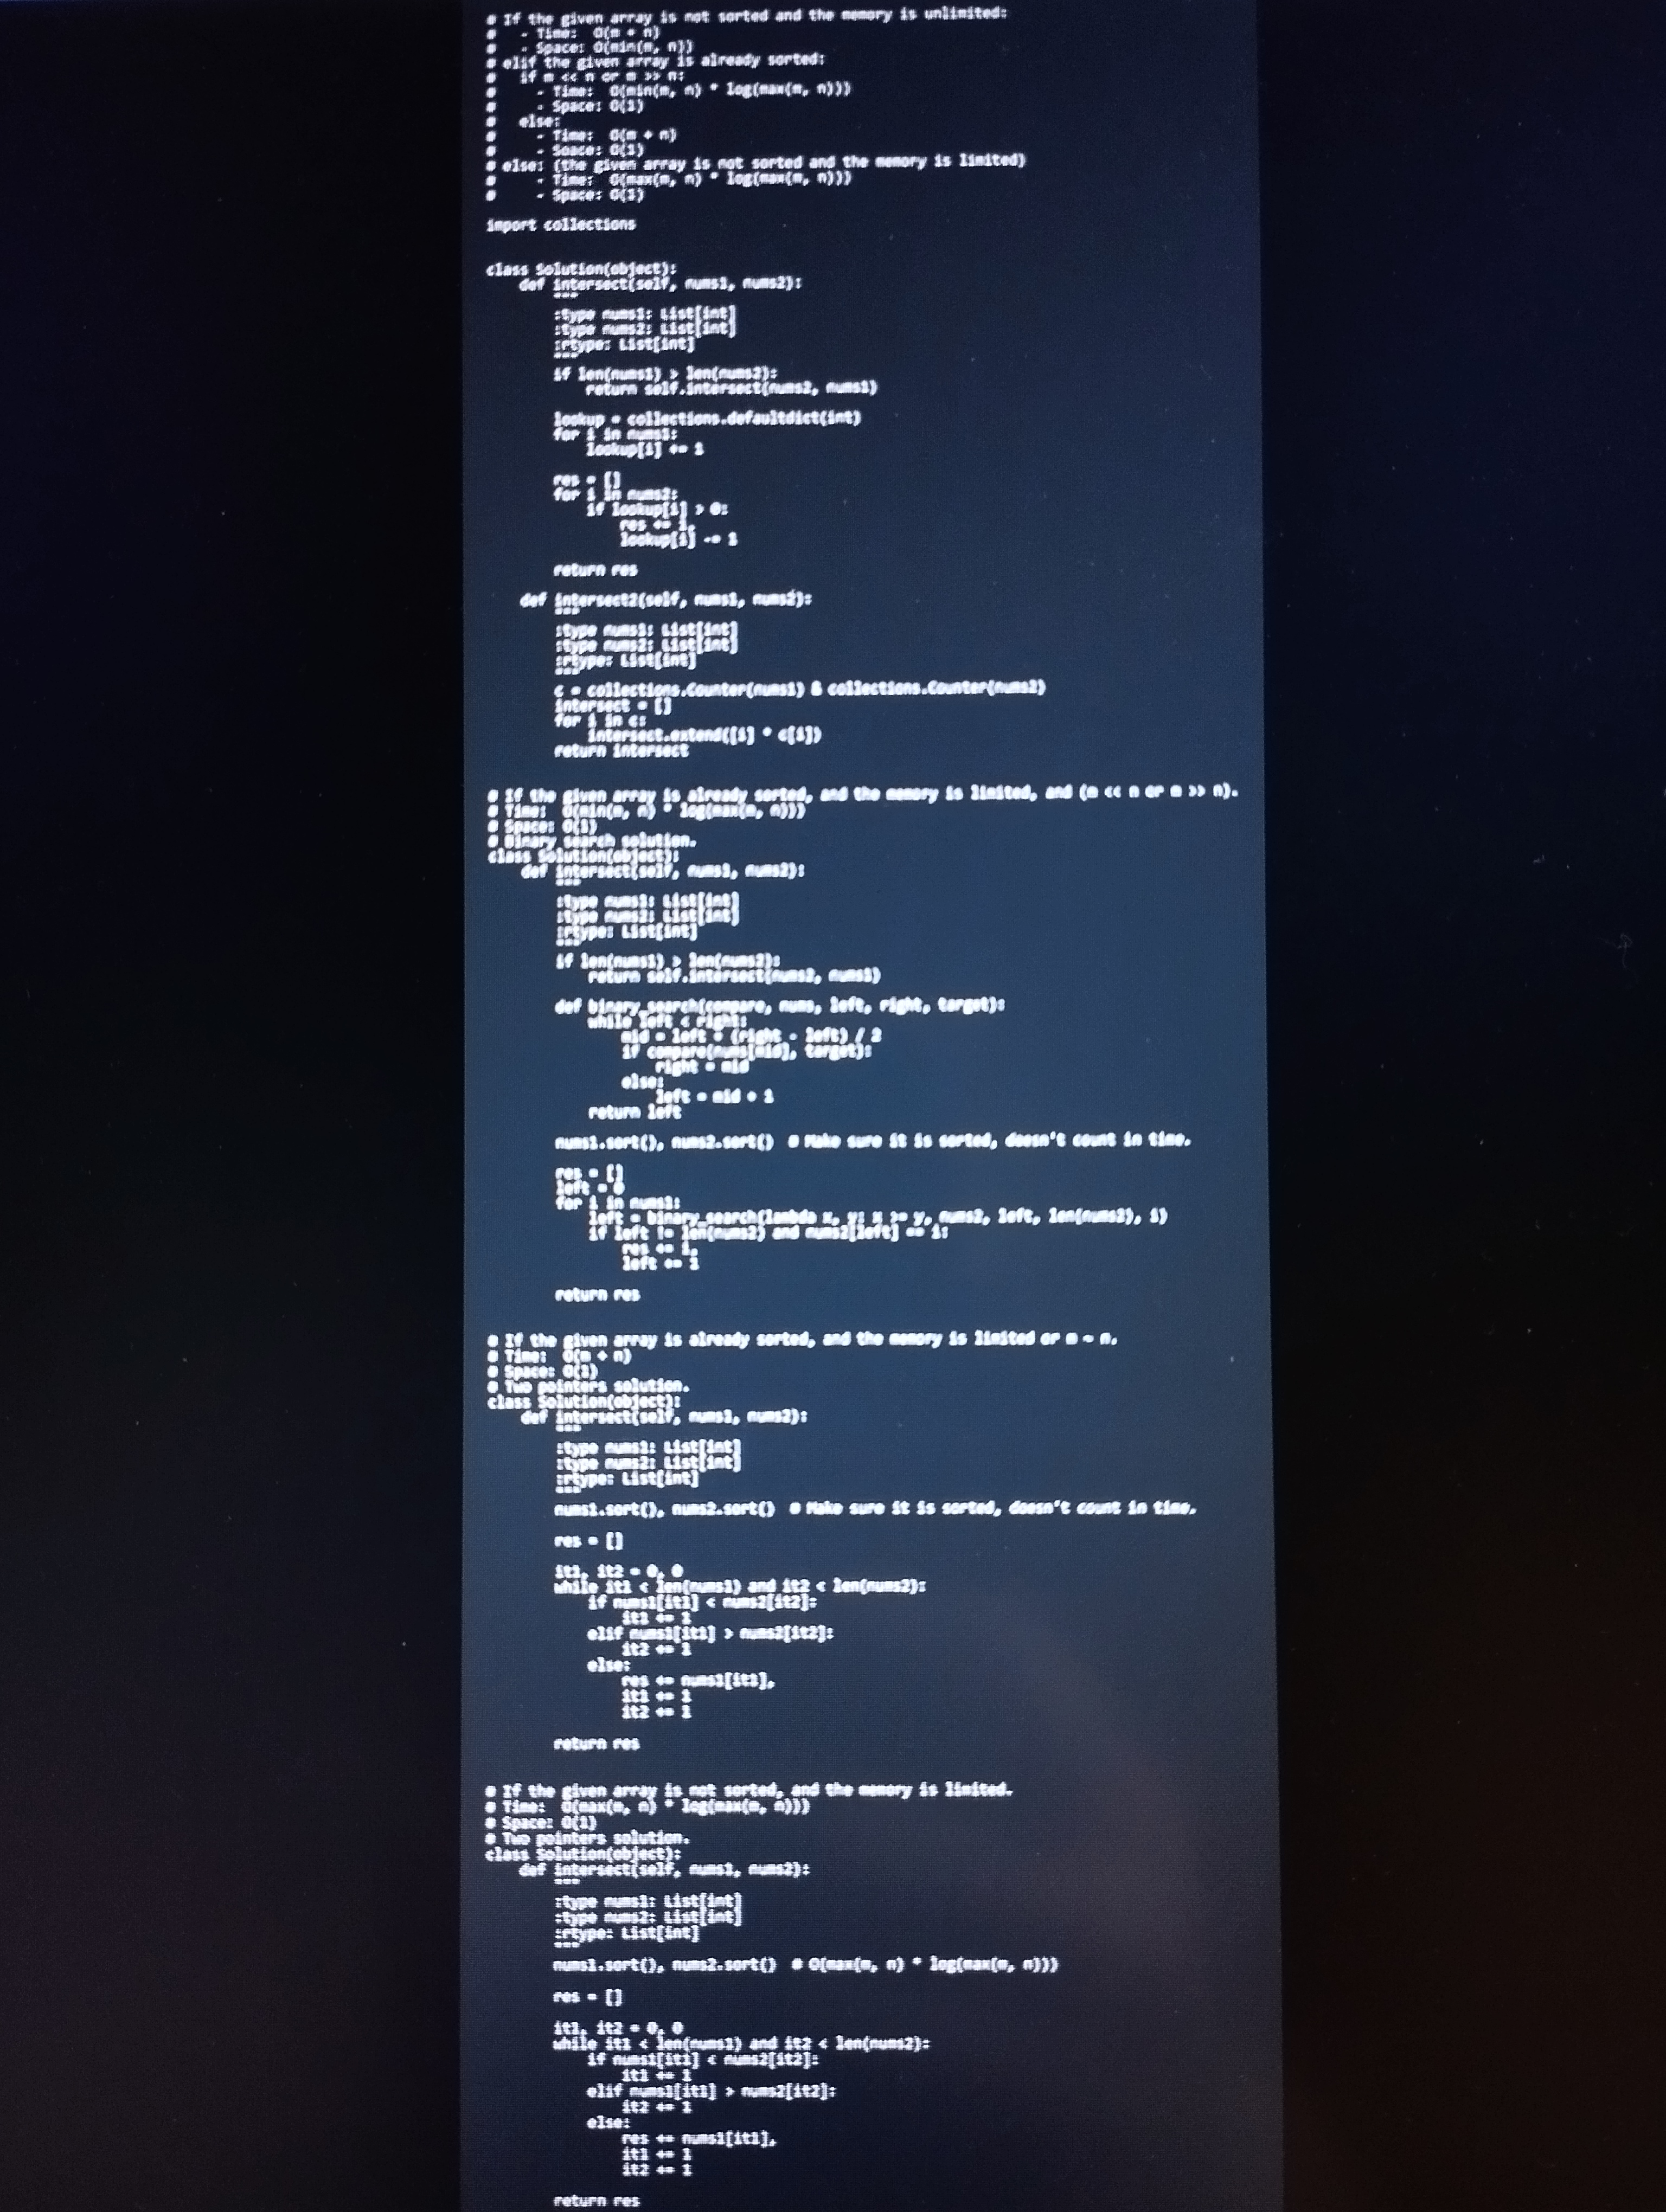
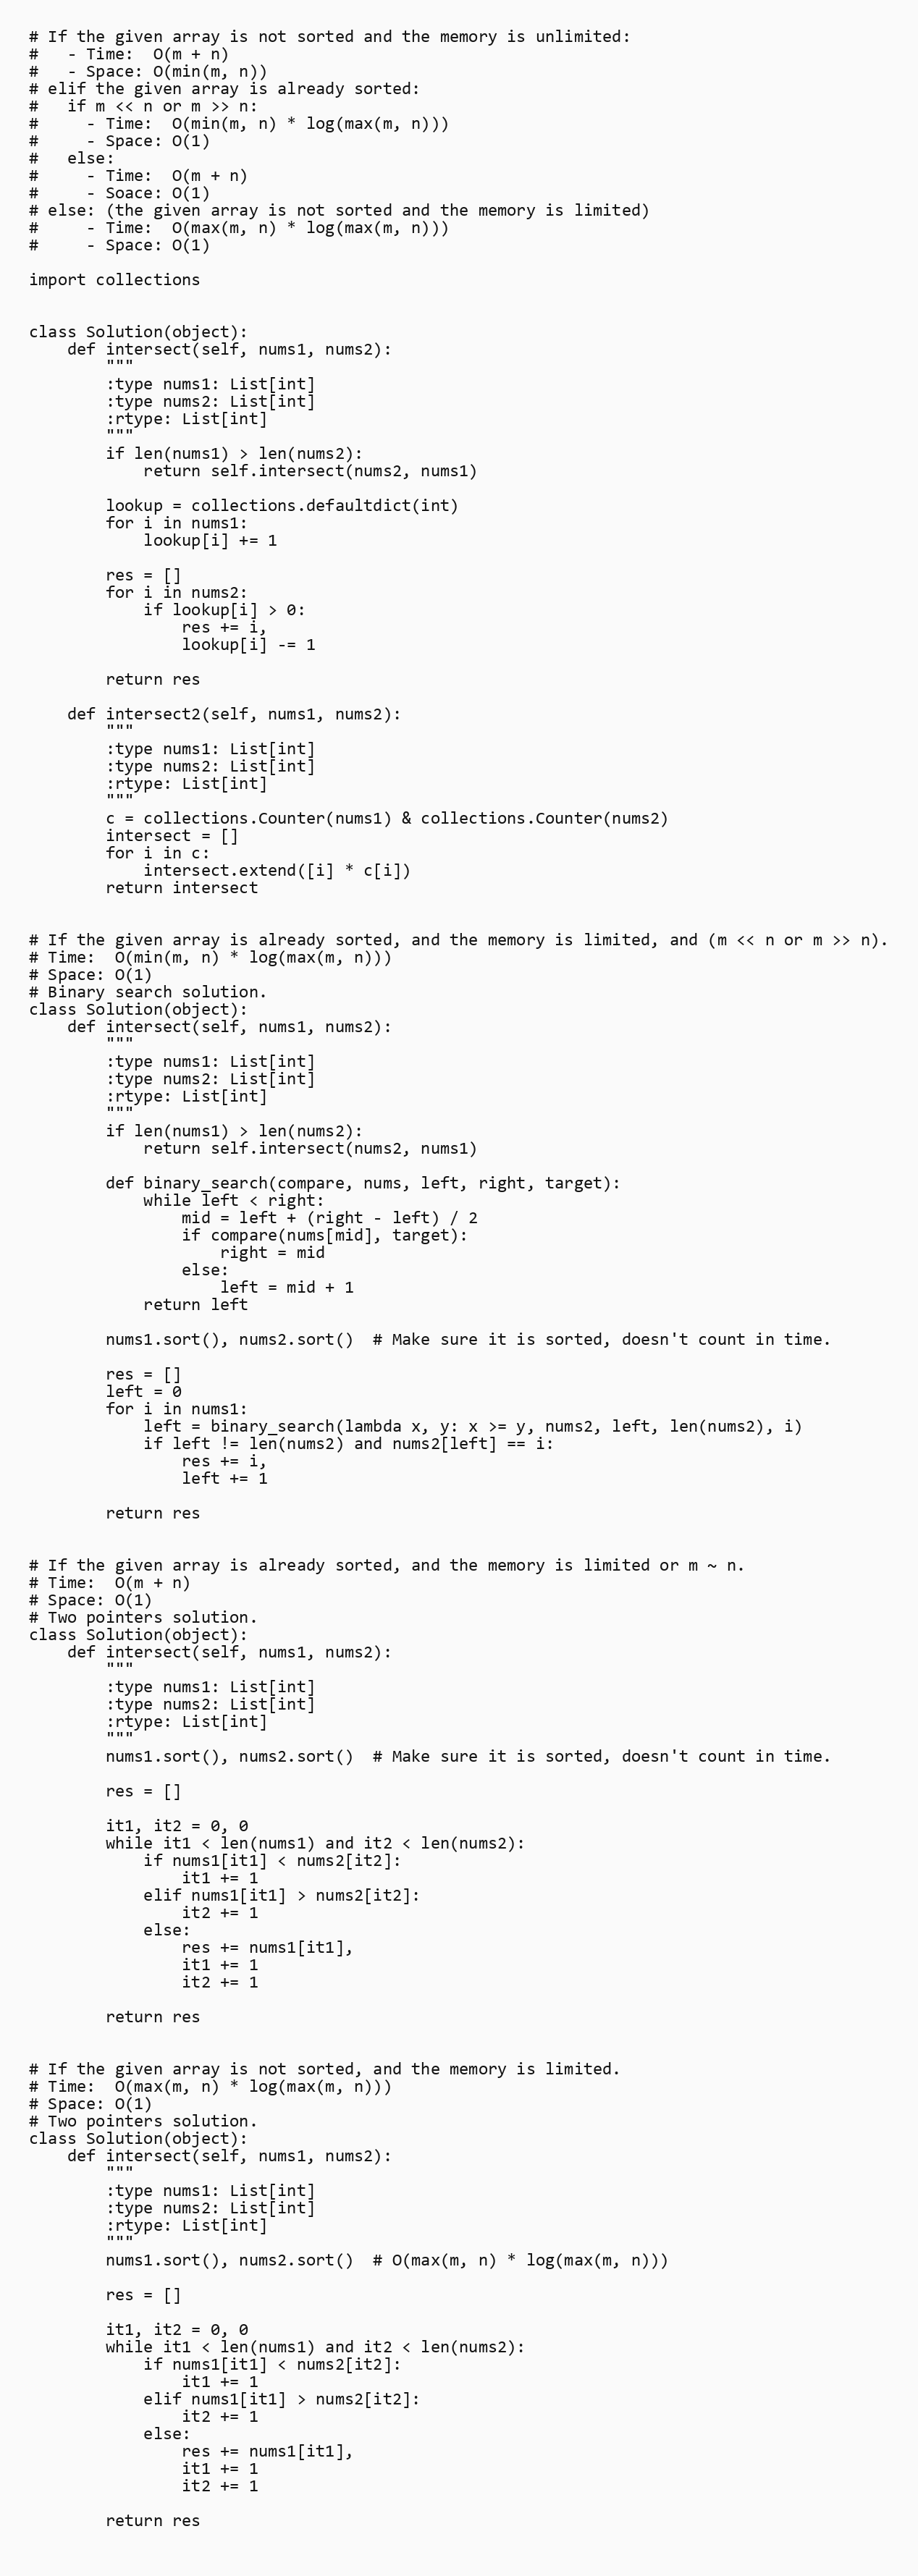
# If the given array is not sorted and the memory is unlimited:
#   - Time:  O(m + n)
#   - Space: O(min(m, n))
# elif the given array is already sorted:
#   if m << n or m >> n:
#     - Time:  O(min(m, n) * log(max(m, n)))
#     - Space: O(1)
#   else:
#     - Time:  O(m + n)
#     - Soace: O(1)
# else: (the given array is not sorted and the memory is limited)
#     - Time:  O(max(m, n) * log(max(m, n)))
#     - Space: O(1)

import collections

class Solution(object):
    def intersect(self, nums1, nums2):
        """
        :type nums1: List[int]
        :type nums2: List[int]
        :rtype: List[int]
        """
        if len(nums1) > len(nums2):
            return self.intersect(nums2, nums1)

        lookup = collections.defaultdict(int)
        for i in nums1:
            lookup[i] += 1

        res = []
        for i in nums2:
            if lookup[i] > 0:
                res += i,
                lookup[i] -= 1

        return res

    def intersect2(self, nums1, nums2):
        """
        :type nums1: List[int]
        :type nums2: List[int]
        :rtype: List[int]
        """
        c = collections.Counter(nums1) & collections.Counter(nums2)
        intersect = []
        for i in c:
            intersect.extend([i] * c[i])
        return intersect

# If the given array is already sorted, and the memory is limited, and (m << n or m >> n).
# Time:  O(min(m, n) * log(max(m, n)))
# Space: O(1)
# Binary search solution.
class Solution(object):
    def intersect(self, nums1, nums2):
        """
        :type nums1: List[int]
        :type nums2: List[int]
        :rtype: List[int]
        """
        if len(nums1) > len(nums2):
            return self.intersect(nums2, nums1)

        def binary_search(compare, nums, left, right, target):
            while left < right:
                mid = left + (right - left) / 2
                if compare(nums[mid], target):
                    right = mid
                else:
                    left = mid + 1
            return left

        nums1.sort(), nums2.sort()  # Make sure it is sorted, doesn't count in time.

        res = []
        left = 0
        for i in nums1:
            left = binary_search(lambda x, y: x >= y, nums2, left, len(nums2), i)
            if left != len(nums2) and nums2[left] == i:
                res += i,
                left += 1

        return res

# If the given array is already sorted, and the memory is limited or m ~ n.
# Time:  O(m + n)
# Space: O(1)
# Two pointers solution.
class Solution(object):
    def intersect(self, nums1, nums2):
        """
        :type nums1: List[int]
        :type nums2: List[int]
        :rtype: List[int]
        """
        nums1.sort(), nums2.sort()  # Make sure it is sorted, doesn't count in time.

        res = []

        it1, it2 = 0, 0
        while it1 < len(nums1) and it2 < len(nums2):
            if nums1[it1] < nums2[it2]:
                it1 += 1
            elif nums1[it1] > nums2[it2]:
                it2 += 1
            else:
                res += nums1[it1],
                it1 += 1
                it2 += 1

        return res

# If the given array is not sorted, and the memory is limited.
# Time:  O(max(m, n) * log(max(m, n)))
# Space: O(1)
# Two pointers solution.
class Solution(object):
    def intersect(self, nums1, nums2):
        """
        :type nums1: List[int]
        :type nums2: List[int]
        :rtype: List[int]
        """
        nums1.sort(), nums2.sort()  # O(max(m, n) * log(max(m, n)))

        res = []

        it1, it2 = 0, 0
        while it1 < len(nums1) and it2 < len(nums2):
            if nums1[it1] < nums2[it2]:
                it1 += 1
            elif nums1[it1] > nums2[it2]:
                it2 += 1
            else:
                res += nums1[it1],
                it1 += 1
                it2 += 1

        return res